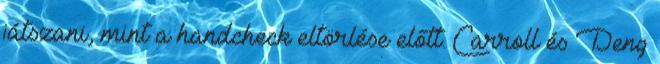
játszani, mint a handcheck eltörlése előtt. Carroll és Deng